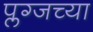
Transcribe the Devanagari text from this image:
प्लग्जच्या